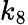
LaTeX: k_{8}